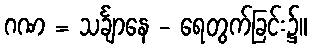
ဂဏ = သင်္ချာနေ - ရေတွက်ခြင်း၌။